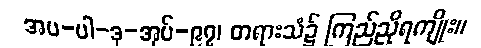
အပ-ပါ-ဒု-အုပ်-၉၇၊ တရားသံ၌ ကြည်ညိုရကျိုး။